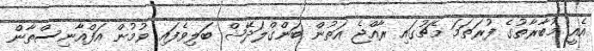
އެއީ މުބާރާތުގެ ފުރަތަމަ މެޗުގައި ރާއްޖެ އަތުން ބަންގްލަދޭޝް ބަލިވެފައި ވުމުން އަފްއާނިސްތާން